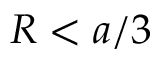
R < a / 3